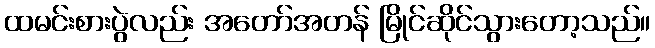
ထမင်းစားပွဲလည်း အတော်အတန် မြိုင်ဆိုင်သွားတော့သည်။